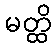
မတ္ထိ